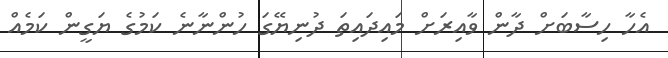
އެހާ ހިސާބަށް ދާން ވާއިރަށް މައިދައިތަ ދުނިޔޭގަ ހުންނާނެ ކަމުގެ ޔަގީން ކަމެއް